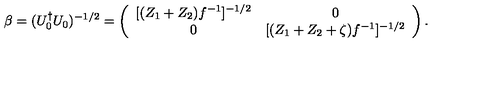
\beta = ( U _ { 0 } ^ { \dag } U _ { 0 } ) ^ { - 1 / 2 } = \left( \begin{array} { c c } { [ ( Z _ { 1 } + Z _ { 2 } ) f ^ { - 1 } ] ^ { - 1 / 2 } } & { 0 } \\ { 0 } & { [ ( Z _ { 1 } + Z _ { 2 } + \zeta ) f ^ { - 1 } ] ^ { - 1 / 2 } } \\ \end{array} \right) .